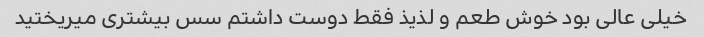
خیلی عالی بود خوش طعم و لذیذ فقط دوست داشتم سس بیشتری میریختید